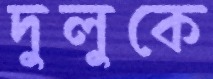
দুলুকে